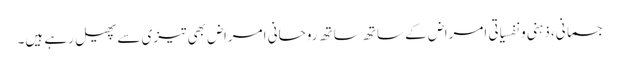
جسمانی، ذہنی ونفسیاتی امراض کے ساتھ ساتھ روحانی امراض بھی تیزی سے پھیل رہے ہیں۔